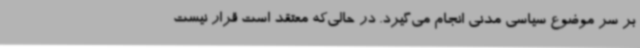
بر سر موضوع سیاسی مدنی انجام می‌گیرد. در حالی‌که معتقد است قرار نیست